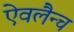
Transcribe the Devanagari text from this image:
ऐवलैन्च